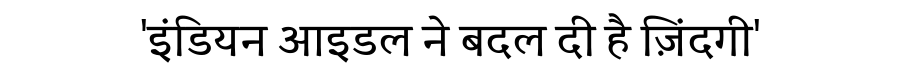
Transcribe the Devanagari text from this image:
'इंडियन आइडल ने बदल दी है ज़िंदगी'